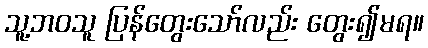
သူ့ဘဝသူ ပြန်တွေးသော်လည်း တွေး၍မရ။